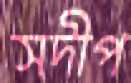
সদীপ